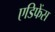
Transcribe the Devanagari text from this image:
एडिफेंस